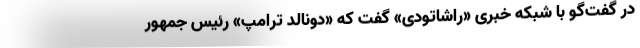
در گفت‌گو با شبکه خبری «راشاتودی» گفت که «دونالد ترامپ» رئیس جمهور